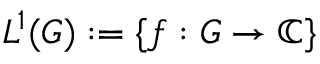
L ^ { 1 } ( G ) : = \{ f : G \to \mathbb { C } \}